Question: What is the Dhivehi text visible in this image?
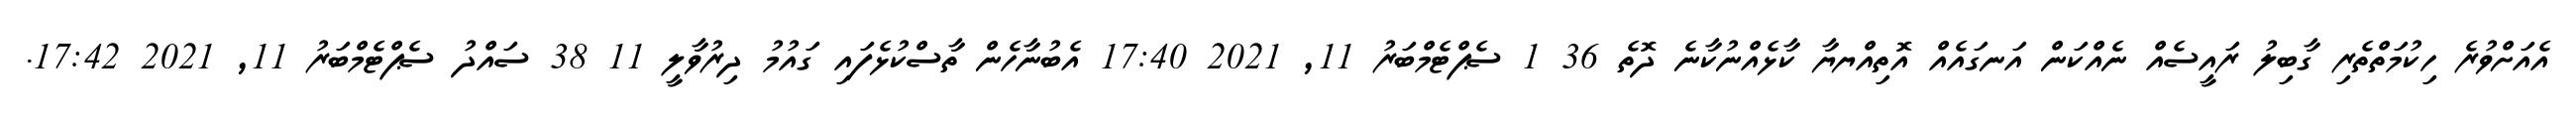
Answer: އެއަށްވުރެ ހިކުމަތްތެރި ގާބިލު ރައީސެއް ނެއްކަން އަނގައެއް އޮތިއްޔޔާ ކާޅެއްނުކާނެ ދޮތެ 36 1 ސެޕްޓެމްބަރު 11, 2021 17:40 އެބުނާހެން ތާސްކުޅެފައި ގައުމު ދިރުވާލީ 11 38 ސައްދު ސެޕްޓެމްބަރު 11, 2021 17:42.